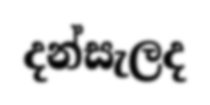
දන්සැලද